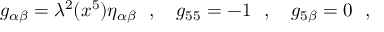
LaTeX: g _ { \alpha \beta } = \lambda ^ { 2 } ( x ^ { 5 } ) \eta _ { \alpha \beta } ~ ~ , ~ ~ ~ g _ { 5 5 } = - 1 ~ ~ , ~ ~ ~ g _ { 5 \beta } = 0 ~ ~ ,